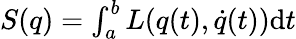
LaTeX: \begin{array}{r}{S(q)=\int_{a}^{b}L(q(t),\dot{q}(t))\mathrm{d}t}\end{array}